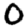
Digit: 0